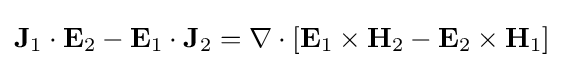
\mathbf {J} _{1}\cdot \mathbf {E} _{2}-\mathbf {E} _{1}\cdot \mathbf {J} _{2}=\nabla \cdot \left[\mathbf {E} _{1}\times \mathbf {H} _{2}-\mathbf {E} _{2}\times \mathbf {H} _{1}\right]\